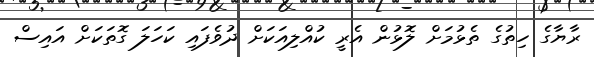
ރާޔާގެ ހިތުގެ ތެޅުމަށް ލޮޅުން އެރީ ކުއްލިއަކަށް ދުވެފައި ކަހަލަ ގޮތަކަށް އައިސް